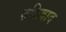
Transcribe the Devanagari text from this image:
रुढिवाद